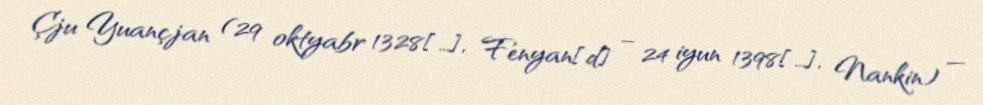
Çju Yuançjan (29 oktyabr 1328[…], Fenyan[d] – 24 iyun 1398[…], Nankin) —